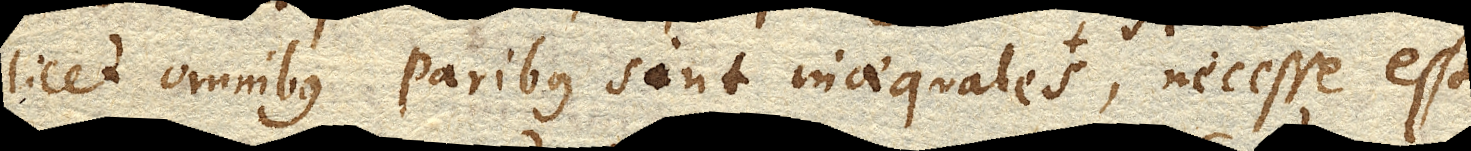
licet omnibus paribus sint inaequales hoc loco Voluminis, necesse est